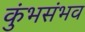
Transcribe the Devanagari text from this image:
कुंभसंभव